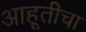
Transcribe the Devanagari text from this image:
आहूतीचा